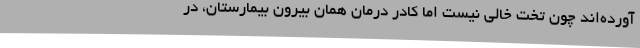
آورده‌اند چون تخت خالی نیست اما کادر درمان همان بیرون بیمارستان، در